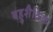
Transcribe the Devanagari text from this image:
बहुशैक्षिक